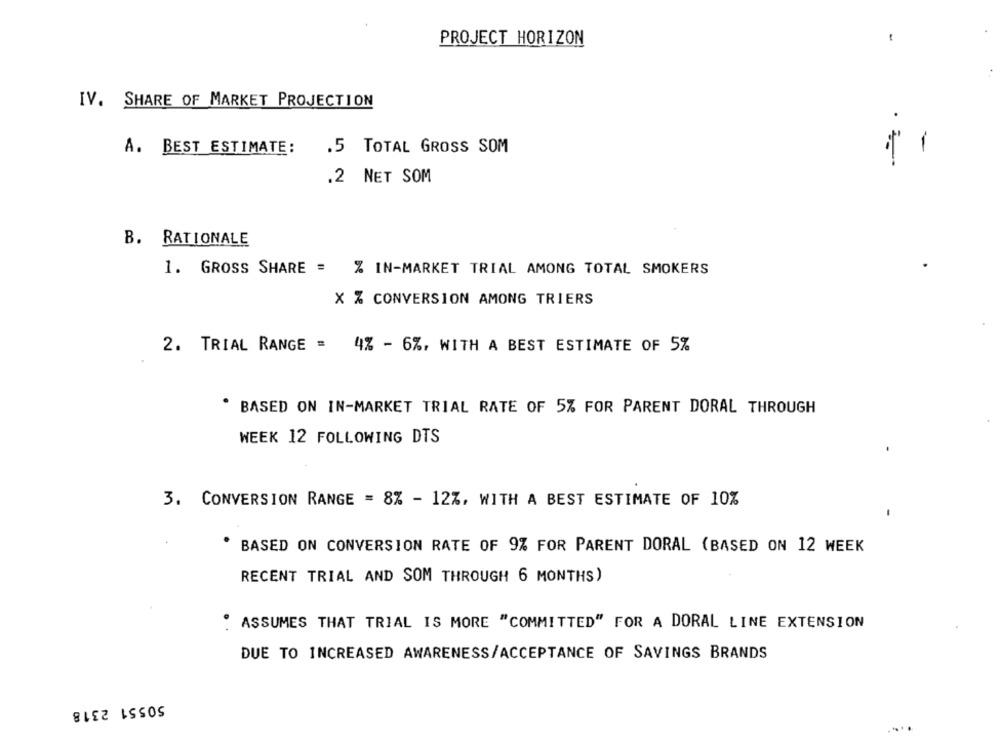
PROJECT HORIZON
IV. SHARE OF MARKET PROJECTION
-
A. BEST ESTIMATE:
.5 TOTAL GROSS SOM
.2 NET SOM
B. RATIONALE
1. GROSS SHARE = % IN-MARKET TRIAL AMONG TOTAL SMOKERS
X % CONVERSION AMONG TRIERS
2. TRIAL RANGE = 4% - 6%, WITH A BEST ESTIMATE OF 5%
. BASED ON IN-MARKET TRIAL RATE OF 5% FOR PARENT DORAL THROUGH
WEEK 12 FOLLOWING DTS
3. CONVERSION RANGE = 8% - 12%, WITH A BEST ESTIMATE OF 10%
* BASED ON CONVERSION RATE OF 9% FOR PARENT DORAL (BASED ON 12 WEEK
RECENT TRIAL AND SOM THROUGH 6 MONTHS)
ASSUMES THAT TRIAL IS MORE "COMMITTED" FOR A DORAL LINE EXTENSION
DUE TO INCREASED AWARENESS/ACCEPTANCE OF SAVINGS BRANDS
50551 2318